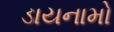
ડાયનામો